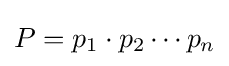
P=p_{1}\cdot p_{2}\cdots p_{n}